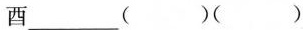
酉___（）（）